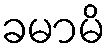
ခမာမိ